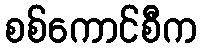
စစ်ကောင်စီက